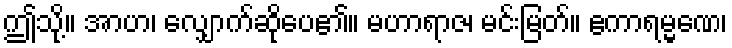
ဤသို့။ အာဟ၊ လျှောက်ဆိုပေ၏။ မဟာရာဇ၊ မင်းမြတ်။ ဧကာရမ္မဏေ၊